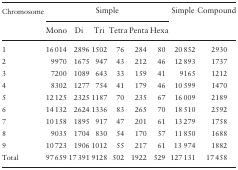
| <ROWSPAN=2> Chromosome | <COLSPAN=6> Simple | <ROWSPAN=2> Simple | <ROWSPAN=2> Compound |
 | Mono | Di | Tri | Tetra | Penta | Hexa |
 | --- | --- | --- | --- | --- | --- | --- | --- | --- |
 | 1 | 16 014 | 2896 | 1502 | 76 | 284 | 80 | 20 852 | 2930 |
 | 2 | 9970 | 1675 | 947 | 43 | 212 | 46 | 12 893 | 1737 |
 | 3 | 7200 | 1089 | 643 | 33 | 159 | 41 | 9165 | 1212 |
 | 4 | 8302 | 1277 | 754 | 41 | 179 | 46 | 10 599 | 1470 |
 | 5 | 12 125 | 2325 | 1187 | 70 | 235 | 67 | 16 009 | 2189 |
 | 6 | 14 132 | 2624 | 1336 | 83 | 265 | 70 | 18 510 | 2592 |
 | 7 | 10 158 | 1895 | 917 | 47 | 201 | 61 | 13 279 | 1758 |
 | 8 | 9035 | 1704 | 830 | 54 | 170 | 57 | 11 850 | 1688 |
 | 9 | 10 723 | 1906 | 1012 | 55 | 217 | 61 | 13 974 | 1882 |
 | Total | 97 659 | 17 391 | 9128 | 502 | 1922 | 529 | 127 131 | 17 458 |